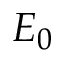
E _ { 0 }